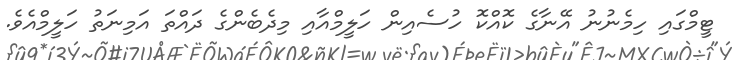
ޓީމްގައި ހިމެނުނު އޭނާގެ ކޮއްކޮ ހުސެއިން ހަލީމްއާއި މިދެބެންގެ ދައްތަ އަމިނަތު ހަލީމްއެވެ.